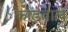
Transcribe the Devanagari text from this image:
कोडवाले